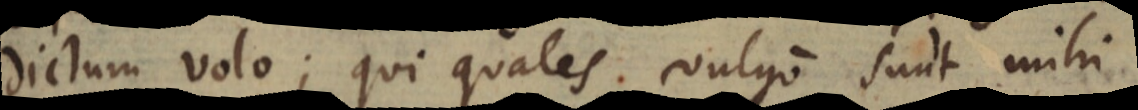
dictum volo; qui quales vulgo sunt mihi